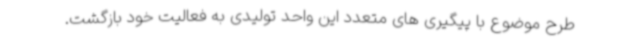
طرح موضوع با پیگیری های متعدد این واحد تولیدی به فعالیت خود بازگشت.